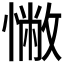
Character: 𢠳